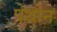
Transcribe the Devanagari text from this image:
पेथोन